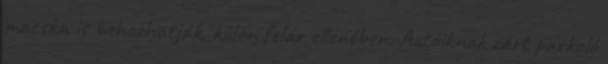
macska is behozhatják, külön felár ellenében. Autóiknak zárt parkoló